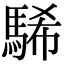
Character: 䮎